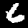
Digit: 6